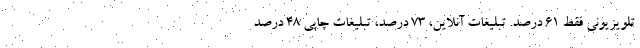
تلویزیونی فقط ۶۱ درصد. تبلیغات آنلاین، ۷۳ درصد، تبلیغات چاپی ۴۸ درصد